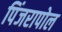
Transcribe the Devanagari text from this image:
पिंजरापोल